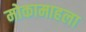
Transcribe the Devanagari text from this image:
मोकामाहला